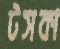
টসকা